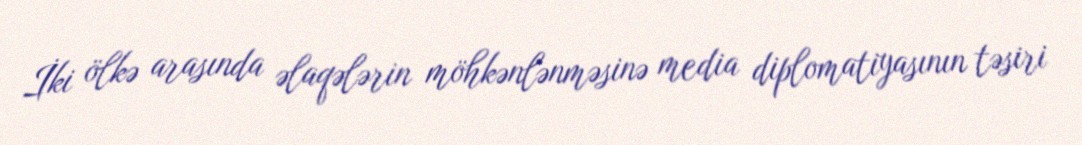
İki ölkə arasında əlaqələrin möhkənlənməsinə media diplomatiyasının təsiri